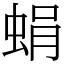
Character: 蜎